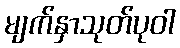
မျက်နှာသုတ်ပုဝါ